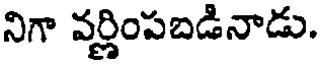
నిగా వర్ణింపబడినాడు.